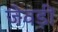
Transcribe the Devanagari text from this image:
जेवड़ी